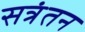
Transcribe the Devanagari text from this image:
सत्रंतन